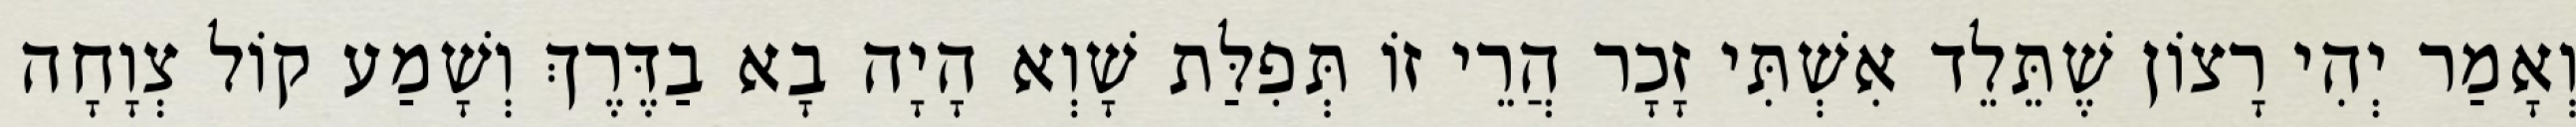
וְאָמַר יְהִי רָצוֹן שֶׁתֵּלֵד אִשְׁתִּי זָכָר הֲרֵי זוֹ תְּפִלַּת שָׁוְא הָיָה בָא בַדֶּרֶךְ וְשָׁמַע קוֹל צְוָחָה